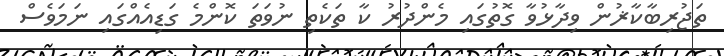
ތަޖުރިބާކާޜުން ވިދާޅުވާ ގޮތުގައި މެންދުރު ކާ ތަކެތި ނުވަތަ ކޮންމެ ގަޑިއެއްގައި ނަމަވެސް